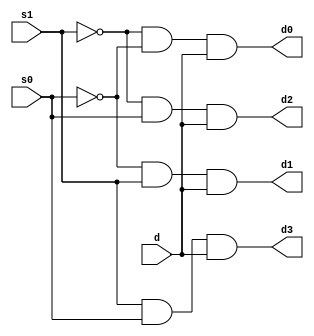
module demux(d0,d1,d2,d3,d,s0,s1);
input s0,s1,d;
output d0,d1,d2,d3;
wire out_not1,out_not2;
not(out_not1,s1),(out_not2,s0);
and(d0,out_not1,out_not2,d),(d1,out_not2,s1,d),(d2,out_not1,s0,d),(d3,s1,s0,d);
endmodule